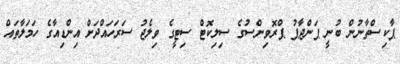
ޕާކިސްތާނުން ބުނީ ޕަންޖާޕު ޕްރޮވިންސުގެ ސިލިކޮޓް ސިޓީގެ ވިލެޖު ސަރަހައްދަށް އިންޑިއާގެ ހަމަލާތައް